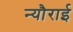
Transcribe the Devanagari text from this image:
न्यौराई